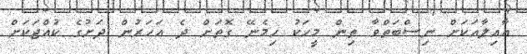
ޢާއިލާއަކަށް ނިސްބަތްވާ ތިން މީހަކު ހިމެނޭ ގޮތަށް ދެ އަހަރުން ދަށުގެ ކުއްޖަކަށް